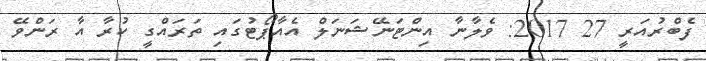
ފެބްރުއަރީ 27 2017: ވެލާނާ އިންޓަނޭޝަނަލް އެއާޕޯޓުގައި ތަރައްގީ ކުރާ އާ ރަންވޭ